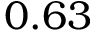
0 . 6 3